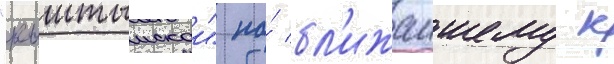
"кыштымскои" по́ бл'ижаишему к